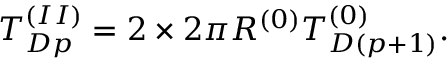
T _ { D p } ^ { ( I I ) } = 2 \times 2 \pi R ^ { ( 0 ) } T _ { D ( p + 1 ) } ^ { ( 0 ) } .